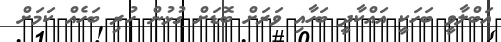
އަބްލާވީ ބަހަކީ އައްކާދީ ބަހާއި ވަރަށް ބޮޑަށް ގުޅުން ހުރި ބަހެއް ކަމަށް